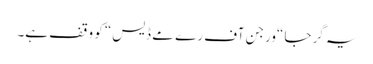
یہ گرجا “ورجن آف رے مے ڈیس“ کو وقف ہے۔